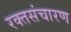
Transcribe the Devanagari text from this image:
रक्तसंचारण